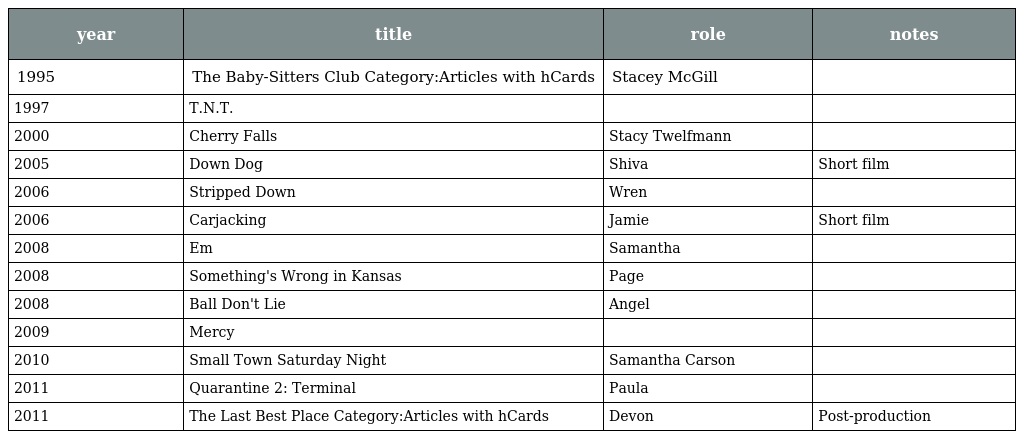
| year | title | role | notes |
 | --- | --- | --- | --- |
 | 1995 | The Baby-Sitters Club Category:Articles with hCards | Stacey McGill |  |
 | 1997 | T.N.T. |  |  |
 | 2000 | Cherry Falls | Stacy Twelfmann |  |
 | 2005 | Down Dog | Shiva | Short film |
 | 2006 | Stripped Down | Wren |  |
 | 2006 | Carjacking | Jamie | Short film |
 | 2008 | Em | Samantha |  |
 | 2008 | Something's Wrong in Kansas | Page |  |
 | 2008 | Ball Don't Lie | Angel |  |
 | 2009 | Mercy |  |  |
 | 2010 | Small Town Saturday Night | Samantha Carson |  |
 | 2011 | Quarantine 2: Terminal | Paula |  |
 | 2011 | The Last Best Place Category:Articles with hCards | Devon | Post-production |